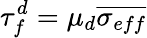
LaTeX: \tau_{f}^{d}=\mu_{d}\overline{{\sigma_{eff}}}